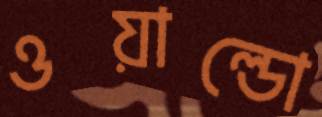
ওয়াল্ডো